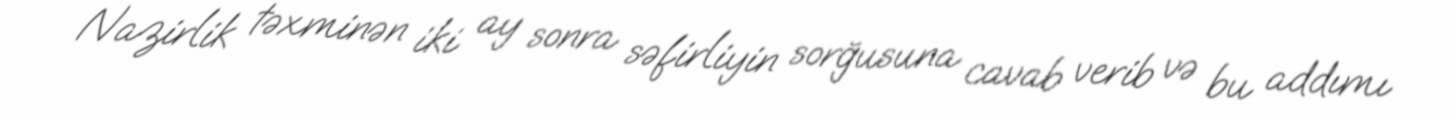
Nazirlik təxminən iki ay sonra səfirliyin sorğusuna cavab verib və bu addımı